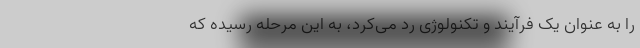
را به عنوان یک فرآیند و تکنولوژی رد می‌کرد، به این مرحله رسیده که